Code of medical and sanitary regulations for the guidance of medical officers serving in the Madras Presidency - Volume I
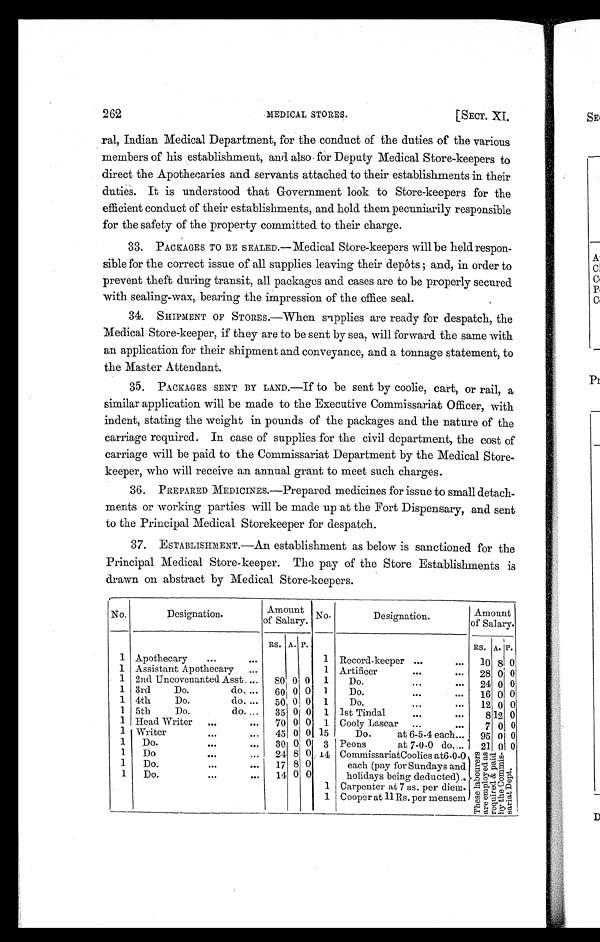
262 MEDICAL STORES. [SECT. XI.
ral, Indian Medical Department, for the conduct of the duties of the various
members of his establishment, and also for Deputy Medical Store-keepers to
direct the Apothecaries and servants attached to their establishments in their
duties. It is understood that Government look to Store-keepers for the
efficient conduct of their establishments, and hold them pecuniarily responsible
for the safety of the property committed to their charge.
33. PACKAGES TO BE SEALED.—Medical Store-keepers will be held respon-
sible for the correct issue of all supplies leaving their depôts ; and, in order to
prevent theft during transit, all packages and cases are to be properly secured
with sealing-wax, bearing the impression of the office seal.
34. SHIPMENT OF STORES.—When supplies are ready for despatch, the
Medical Store-keeper, if they are to be sent by sea, will forward the same with
an application for their shipment and conveyance, and a tonnage statement, to
the Master Attendant.
35. PACKAGES SENT BY LAND.—If to be sent by coolie, cart, or rail, a
similar application will be made to the Executive Commissariat Officer, with
indent, stating the weight in pounds of the packages and the nature of the
carriage required. In case of supplies for the civil department, the cost of
carriage will be paid to the Commissariat Department by the Medical Store-
keeper, who will receive an annual grant to meet such charges.
36. PREPARED MEDICINES.—Prepared medicines for issue to small detach-
ments or working parties will be made up at the Fort Dispensary, and sent
to the Principal Medical Storekeeper for despatch.
37. ESTABLISHMENT.—An establishment as below is sanctioned for the
Principal Medical Store-keeper. The pay of the Store Establishments is
drawn on abstract by Medical Store-keepers.
No.
Designation.
Amount
of Salary. No.
Designation.
Amount
of Salary.
RS. A. P.
RS. A. P.
1 Apothecary
...
. . .
1 Record-keeper ...
... 10 8 0
1 Assistant Apothecary ...
1 Artificer
...
. . . 28 0 0
1 2nd Uncovenanted Asst. ...
8 0 0 0 1
Do. ...
... 24 0 0
1 3rd Do. do. ... 60 0 0 1
Do.
...
. . . 16 0 0
1 4th. Do. do. ... 50 0 0 1
Do. ... ... 12 0 0
1 5th Do. do. ... 35 0 0 1 1st Tindal
...
. . .
8 12 0
1 Head Writer ...
... 70 0 0 1 Cooly Lascar ...
. . . 7 0 0
1 Writer
... . . . 45 0 0 15
Do. at 6-5-4 each... 95
0 0
1 Do.
...
... 30 0 0 3 Peons at 7-0-0 do. ... 21 0 0
1 Do
...
... 24 8 0 14 Commissariat Coolies at6-0-0
each (pay for Sundays and
holidays being deducted).
Carpenter at 7 as. per diem
Cooper at 11 Rs. per mensem
Thes e l abour er s
a r e e mp l o y e d a s r e q u i r e d & p a i d
by t he Commi s-
sariat Dept.
1 Do.
...
... 17 8 0
1 Do.
...
... 14 0 0
1
1